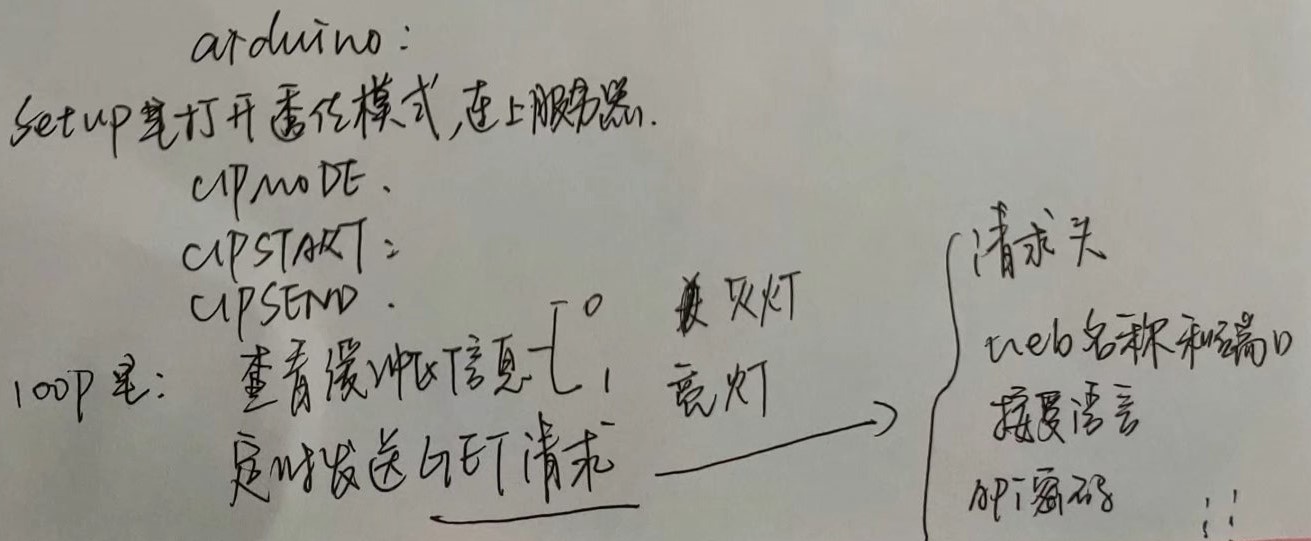
arduino：setup里打开通信模式，连上服务器。
```
- cAPmoDE.
- cAPSTART:
- cAPSEND.
```
loop里：
- 查看缓冲信息
- 定时发送GET请求
\(\begin{cases}
0 & \text{关灯} \\
1 & \text{亮灯}
\end{cases}\)
\(\longrightarrow\)
```
- 请求头
- web名称和端口
- 接受语言
- 时间戳
```